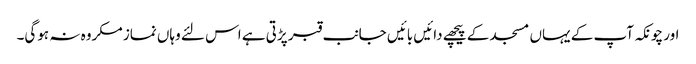
اور چونکہ آپ کے یہاں مسجد کے پیچھے دائیں بائیں جانب قبر پڑتی ہے اس لئے وہاں نماز مکروہ نہ ہوگی۔